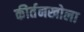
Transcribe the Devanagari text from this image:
कीर्तनखोला